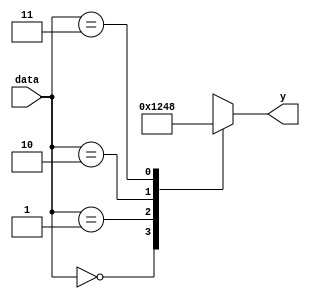
`timescale 1ns / 1ps
`default_nettype none
module two_four_decoder(
	input  wire [1:0] data,
	output reg [3:0] y
    );

	always @(*) begin
		case (data)
			2'b00: y = 4'b0001;
			2'b01: y = 4'b0010;
			2'b10: y = 4'b0100;
			2'b11: y = 4'b1000;
		endcase
	end
endmodule